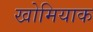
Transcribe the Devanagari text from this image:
खोमियाक